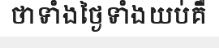
ថាទាំងថ្ងៃទាំងយប់់គឺ